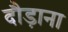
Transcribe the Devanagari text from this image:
दौड़ाना